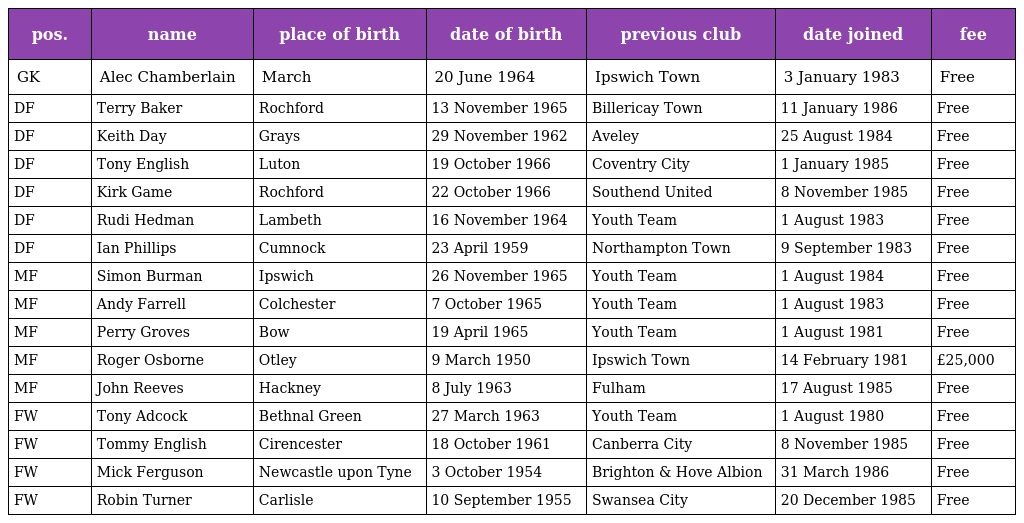
| pos. | name | place of birth | date of birth | previous club | date joined | fee |
 | --- | --- | --- | --- | --- | --- | --- |
 | GK | Alec Chamberlain | March | 20 June 1964 | Ipswich Town | 3 January 1983 | Free |
 | DF | Terry Baker | Rochford | 13 November 1965 | Billericay Town | 11 January 1986 | Free |
 | DF | Keith Day | Grays | 29 November 1962 | Aveley | 25 August 1984 | Free |
 | DF | Tony English | Luton | 19 October 1966 | Coventry City | 1 January 1985 | Free |
 | DF | Kirk Game | Rochford | 22 October 1966 | Southend United | 8 November 1985 | Free |
 | DF | Rudi Hedman | Lambeth | 16 November 1964 | Youth Team | 1 August 1983 | Free |
 | DF | Ian Phillips | Cumnock | 23 April 1959 | Northampton Town | 9 September 1983 | Free |
 | MF | Simon Burman | Ipswich | 26 November 1965 | Youth Team | 1 August 1984 | Free |
 | MF | Andy Farrell | Colchester | 7 October 1965 | Youth Team | 1 August 1983 | Free |
 | MF | Perry Groves | Bow | 19 April 1965 | Youth Team | 1 August 1981 | Free |
 | MF | Roger Osborne | Otley | 9 March 1950 | Ipswich Town | 14 February 1981 | £25,000 |
 | MF | John Reeves | Hackney | 8 July 1963 | Fulham | 17 August 1985 | Free |
 | FW | Tony Adcock | Bethnal Green | 27 March 1963 | Youth Team | 1 August 1980 | Free |
 | FW | Tommy English | Cirencester | 18 October 1961 | Canberra City | 8 November 1985 | Free |
 | FW | Mick Ferguson | Newcastle upon Tyne | 3 October 1954 | Brighton & Hove Albion | 31 March 1986 | Free |
 | FW | Robin Turner | Carlisle | 10 September 1955 | Swansea City | 20 December 1985 | Free |